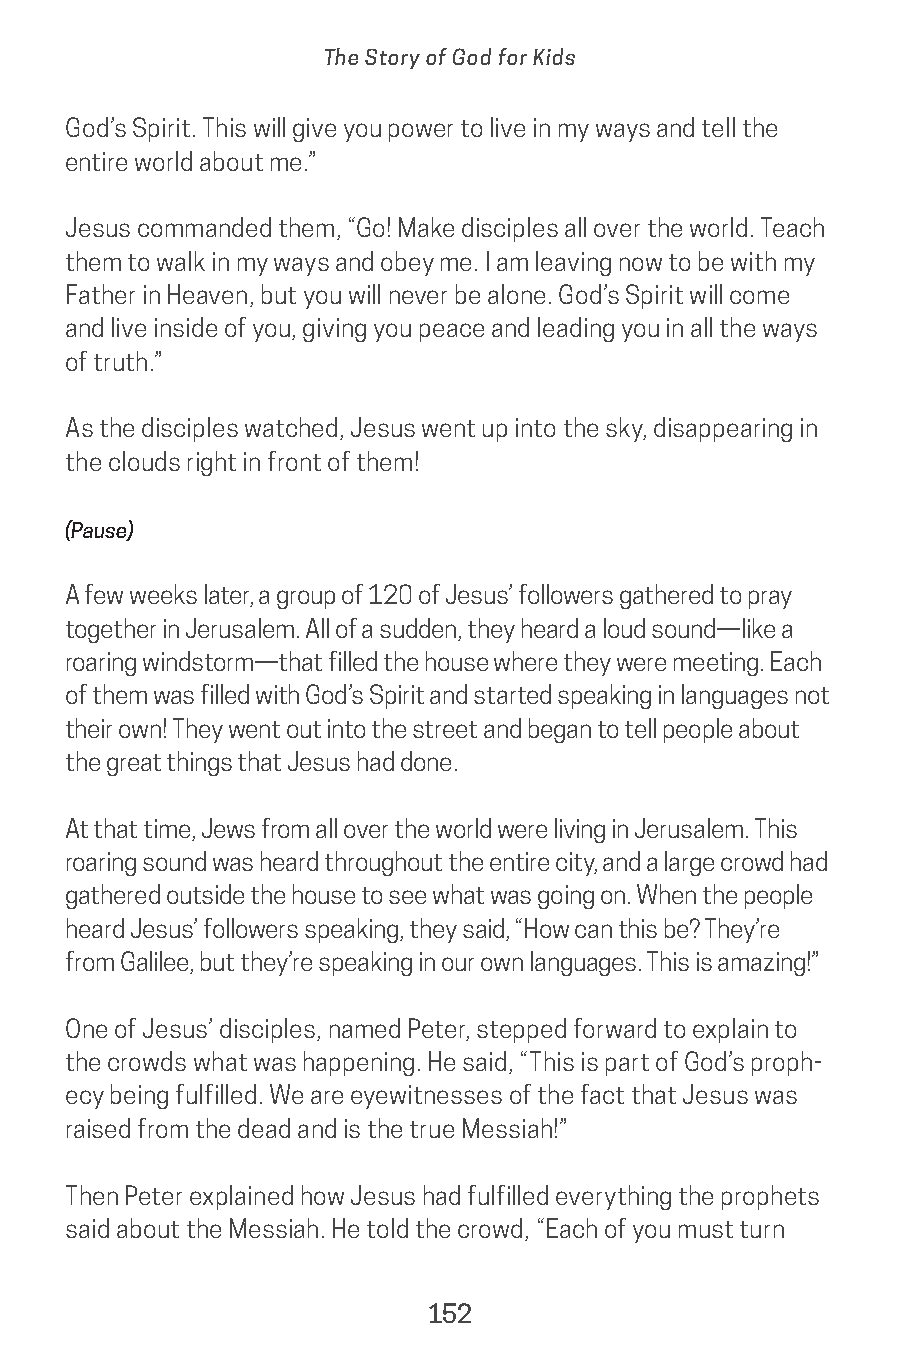
The Story of God for Kids
 God’s Spirit. This will give you power to live in my ways and tell the
 entire world about me.”
 Jesus commanded them, “Go! Make disciples all over the world. Teach
 them to walk in my ways and obey me. I am leaving now to be with my
 Father in Heaven, but you will never be alone. God’s Spirit will come
 and live inside of you, giving you peace and leading you in all the ways
 of truth.”
 As the disciples watched, Jesus went up into the sky, disappearing in
 the clouds right in front of them!
 (Pause)
 A few weeks later, a group of 120 of Jesus’ followers gathered to pray
 together in Jerusalem. All of a sudden, they heard a loud sound—like a
 roaring windstorm—that filled the house where they were meeting. Each
 of them was filled with God’s Spirit and started speaking in languages not
 their own! They went out into the street and began to tell people about
 the great things that Jesus had done.
 At that time, Jews from all over the world were living in Jerusalem. This
 roaring sound was heard throughout the entire city, and a large crowd had
 gathered outside the house to see what was going on. When the people
 heard Jesus’ followers speaking, they said, “How can this be? They’re
 from Galilee, but they’re speaking in our own languages. This is amazing!”
 One of Jesus’ disciples, named Peter, stepped forward to explain to
 the crowds what was happening. He said, “This is part of God’s proph-
 ecy being fulfilled. We are eyewitnesses of the fact that Jesus was
 raised from the dead and is the true Messiah!”
 Then Peter explained how Jesus had fulfilled everything the prophets
 said about the Messiah. He told the crowd, “Each of you must turn
 152
 saturate-story_of_god_kids-2.indd 152             8/10/17 10:11 PM